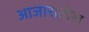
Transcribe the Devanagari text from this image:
आजारातील